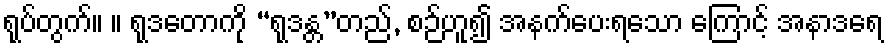
ရုပ်တွက်။ ။ ရုဒတောကို “ရုဒန္တ”တည်, စဉ်ဟူ၍ အနက်ပေးရသော ကြောင့် အနာဒရေ